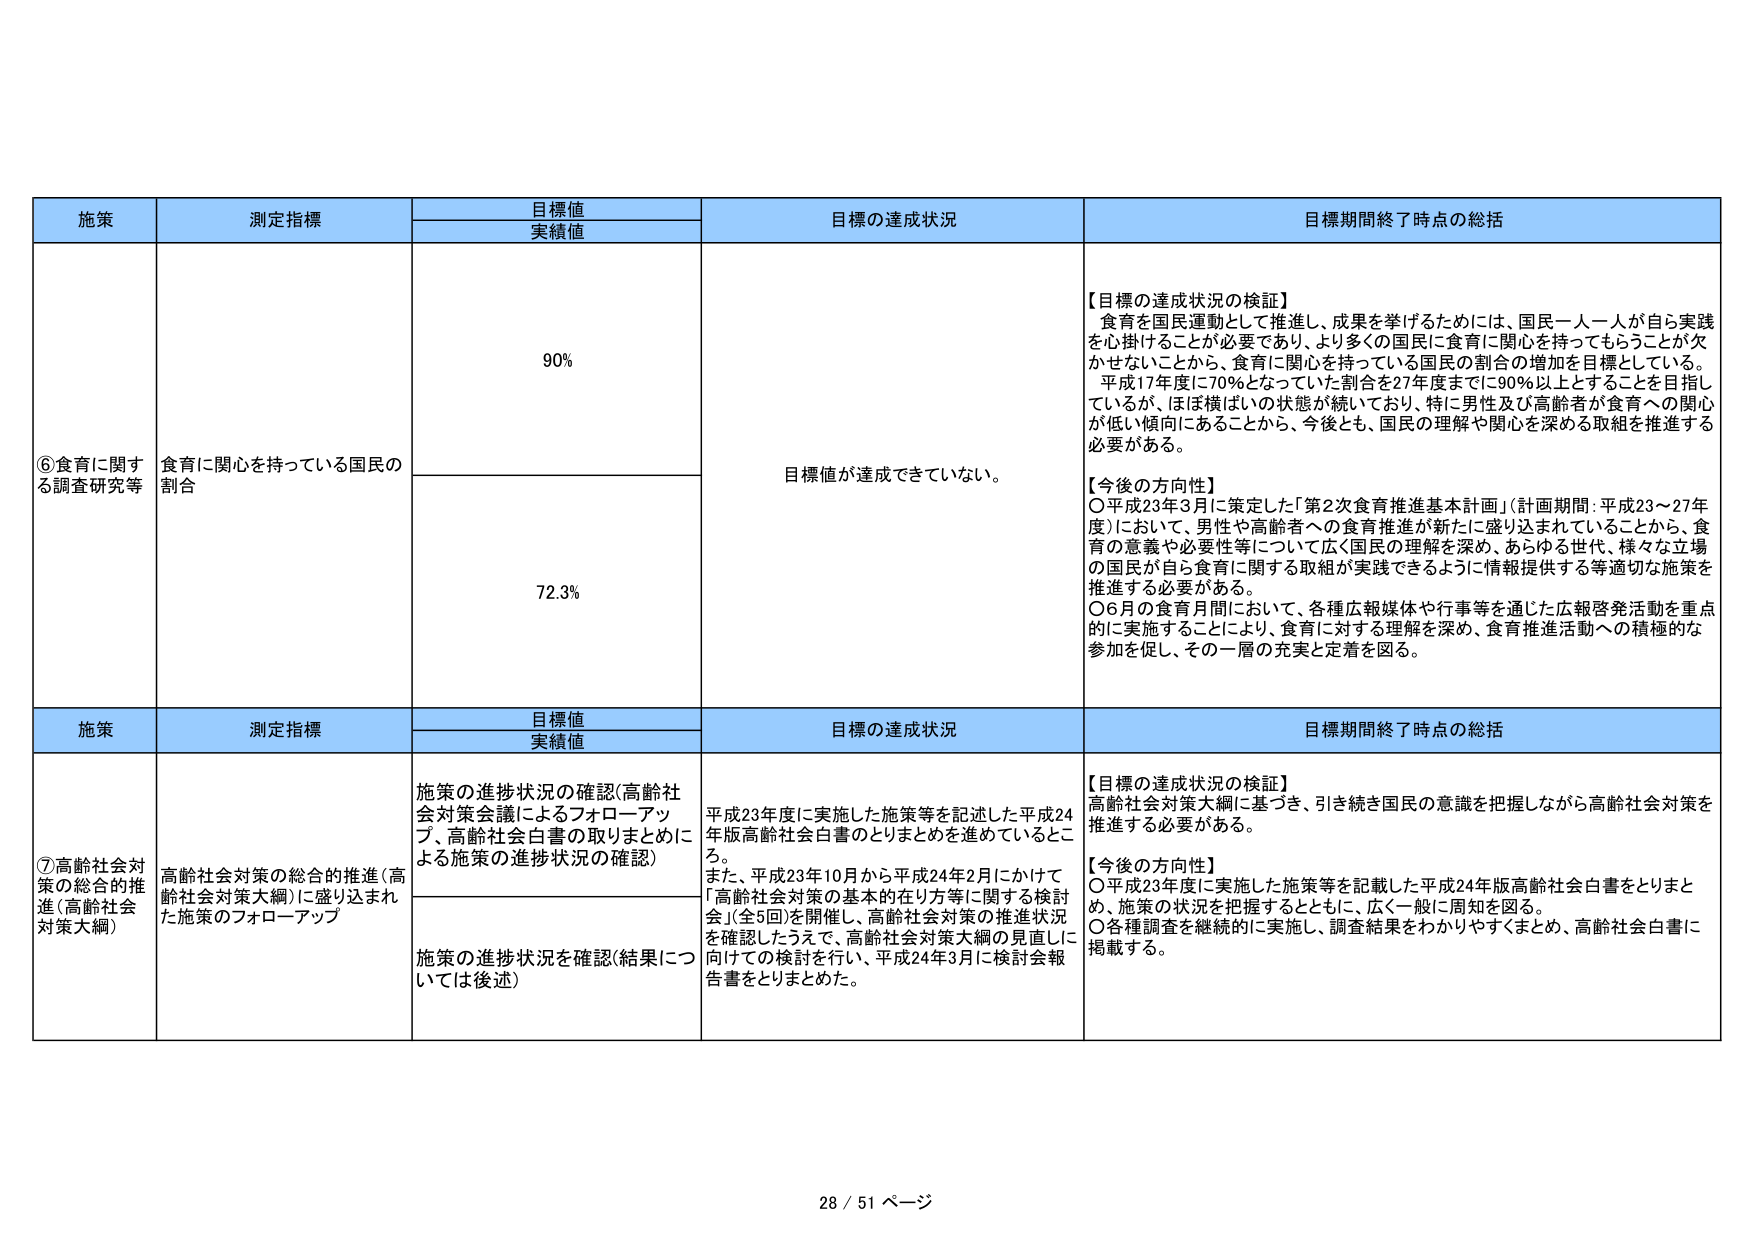
施策 測定指標 目標値 実績値 目標の達成状況 目標期間終了時点の総括 ⑥食育に関する調査研究等 食育に関心を持っている国民の割合 90% 目標値が達成できていない。 【目標の達成状況の検証】 食育を国民運動として推進し、成果を挙げるためには、国民一人一人が自ら実践を心掛けることが必要であり、より多くの国民に食育に関心を持ってもらうことが欠かせないことから、食育に関心を持っている国民の割合の増加を目標としている。 平成17年度に70％となっていた割合を27年度までに90％以上とすることを目指しているが、ほぼ横ばいの状態が続いており、特に男性及び高齢者が食育への関心が低い傾向にあることから、今後とも、国民の理解や関心を深める取組を推進する必要がある。 【今後の方向性】 ○平成23年3月に策定した「第2次食育推進基本計画」（計画期間：平成23～27年度）において、男性や高齢者への食育推進が新たに盛り込まれていることから、食育の意義や必要性等について広く国民の理解を深め、あらゆる世代、様々な立場の国民が自ら食育に関する取組が実践できるように情報提供する等適切な施策を推進する必要がある。 ○6月の食育月間において、各種広報媒体や行事等を通じた広報啓発活動を重点的に実施することにより、食育に対する理解を深め、食育推進活動への積極的な参加を促し、その一層の充実と定着を図る。 72.3% 施策 測定指標 目標値 実績値 目標の達成状況 目標期間終了時点の総括 ⑦高齢社会対策の総合的推進（高齢社会対策大綱） 高齢社会対策の総合的推進（高齢社会対策大綱）に盛り込まれた施策のフォローアップ 施策の進捗状況の確認（高齢社会対策会議によるフォローアップ、高齢社会白書の取りまとめによる施策の進捗状況の確認） 平成23年度に実施した施策等を記述した平成24年版高齢社会白書のとりまとめを進めているところ。 また、平成23年10月から平成24年2月にかけて「高齢社会対策の基本的在り方等に関する検討会」（全5回）を開催し、高齢社会対策の推進状況を確認したうえで、高齢社会対策大綱の見直しに向けての検討を行い、平成24年3月に検討会報告書をとりまとめた。 【目標の達成状況の検証】 高齢社会対策大綱に基づき、引き続き国民の意識を把握しながら高齢社会対策を推進する必要がある。 【今後の方向性】 ○平成23年度に実施した施策等を記載した平成24年版高齢社会白書をとりまとめ、施策の状況を把握するとともに、広く一般に周知を図る。 ○各種調査を継続的に実施し、調査結果をわかりやすくまとめ、高齢社会白書に掲載する。 施策の進捗状況を確認（結果については後述） 28 / 51 ページ